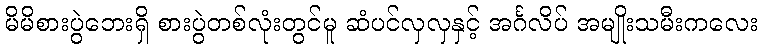
မိမိစားပွဲဘေးရှိ စားပွဲတစ်လုံးတွင်မူ ဆံပင်လှလှနှင့် အင်္ဂလိပ် အမျိုးသမီးကလေး